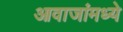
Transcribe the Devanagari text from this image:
आवाजांमध्ये